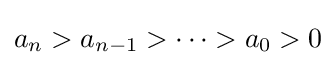
a_{n}>a_{n-1}>\cdots >a_{0}>0